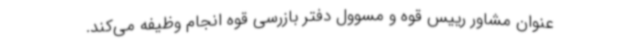
عنوان مشاور رییس قوه و مسوول دفتر بازرسی قوه انجام وظیفه می‌کند.